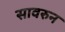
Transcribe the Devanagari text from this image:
सावरुन